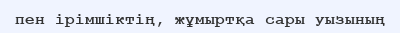
пен ірімшіктің, жұмыртқа сары уызының